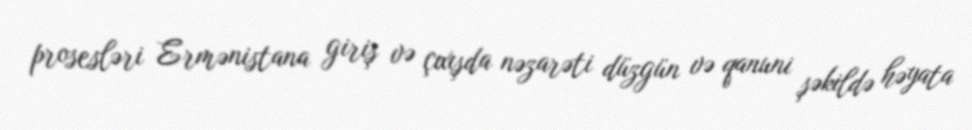
prosesləri Ermənistana giriş və çıxışda nəzarəti düzgün və qanuni şəkildə həyata